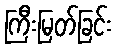
ကြီးမြတ်ခြင်း